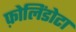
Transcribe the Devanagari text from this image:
फ़ोलिंडोटा